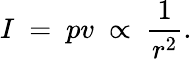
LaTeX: I\ =\ pv\ \propto\ {\frac{1}{r^{2}}}.